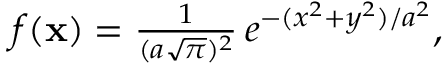
\begin{array} { r } { f ( \mathbf { x } ) = \frac { 1 } { ( a \sqrt { \pi } ) ^ { 2 } } \, e ^ { - ( x ^ { 2 } + y ^ { 2 } ) / { a ^ { 2 } } } , } \end{array}